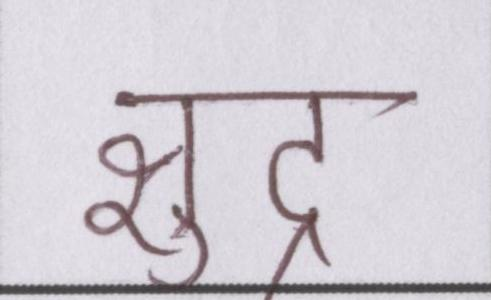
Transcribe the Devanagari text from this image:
क्षुद्र